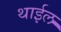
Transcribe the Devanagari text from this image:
थाईल